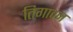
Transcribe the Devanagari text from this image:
तिगावन